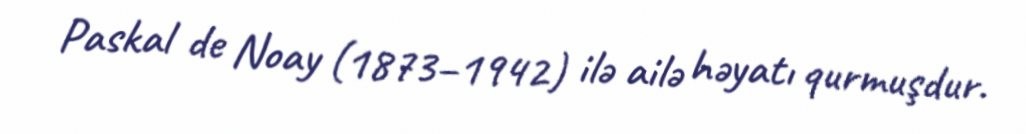
Paskal de Noay (1873–1942) ilə ailə həyatı qurmuşdur.